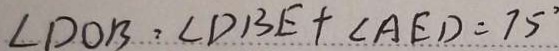
\angle D O B = \angle D B E + \angle A E D = 7 5 ^ { \circ }